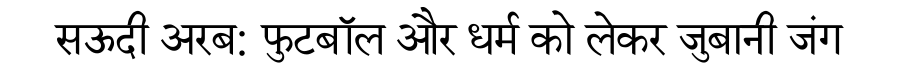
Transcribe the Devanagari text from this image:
सऊदी अरब: फुटबॉल और धर्म को लेकर जुबानी जंग